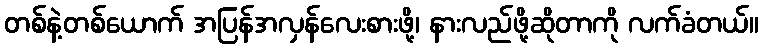
တစ်နဲ့တစ်ယောက် အပြန်အလှန်လေးစားဖို့၊ နားလည်ဖို့ဆိုတာကို လက်ခံတယ်။